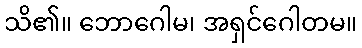
သိ၏။ ဘောဂေါမ၊ အရှင်ဂေါတမ။